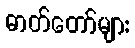
ဓာတ်တော်များ